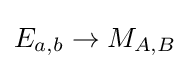
E_{a,b}\rightarrow M_{A,B}